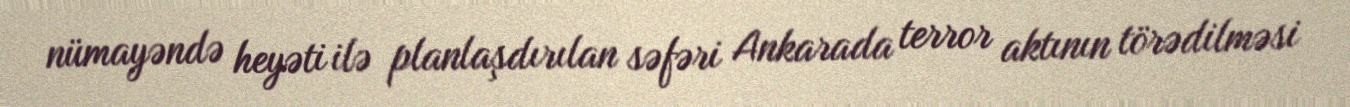
nümayəndə heyəti ilə planlaşdırılan səfəri Ankarada terror aktının törədilməsi